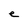
Character: e